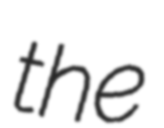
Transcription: the